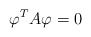
\begin{align*}\varphi^{T}A\varphi=0 \end{align*}